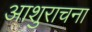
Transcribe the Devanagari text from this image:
आशुराचना